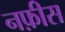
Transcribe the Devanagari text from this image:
नफ़ीस